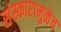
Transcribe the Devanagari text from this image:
संस्कारामुळेच